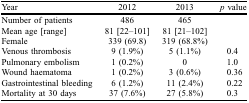
<table><thead><tr><td><b>Year</b></td><td><b>2012</b></td><td><b>2013</b></td><td><b><i>p</i> value </b></td></tr></thead><tbody><tr><td>Number of patients</td><td>486</td><td>465</td><td></td></tr><tr><td>Mean age [range]</td><td>81 [22–101]</td><td>81 [21–102]</td><td></td></tr><tr><td>Female</td><td>339 (69.8)</td><td>319 (68.8%)</td><td></td></tr><tr><td>Venous thrombosis</td><td>9 (1.9%)</td><td>5 (1.1%)</td><td>0.4</td></tr><tr><td>Pulmonary embolism</td><td>1 (0.2%)</td><td>0</td><td>1.0</td></tr><tr><td>Wound haematoma</td><td>1 (0.2%)</td><td>3 (0.6%)</td><td>0.36</td></tr><tr><td>Gastrointestinal bleeding</td><td>6 (1.2%)</td><td>11 (2.4%)</td><td>0.22</td></tr><tr><td>Mortality at 30 days </td><td>37 (7.6%)</td><td>27 (5.8%)</td><td>0.3</td></tr></tbody></table>